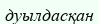
дуылдасқан